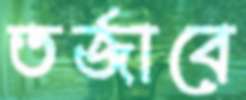
তর্জাবে